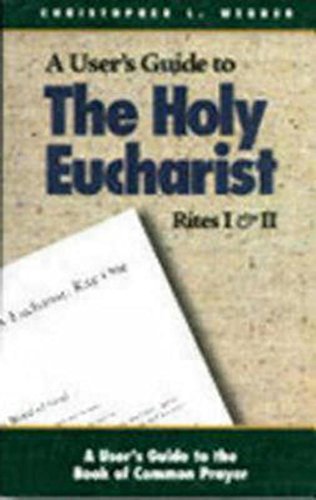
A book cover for By Christopher Webber The Holy Eucharist: Rites I & II (A User's Guide to the Book of Common Prayer) [Paperback]; Christian Books & Bibles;